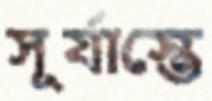
সূর্যাস্তে